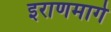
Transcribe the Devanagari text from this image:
इराणमार्गे